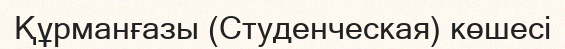
Құрманғазы (Студенческая) көшесі